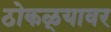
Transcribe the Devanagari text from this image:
ठोकळ्यावर